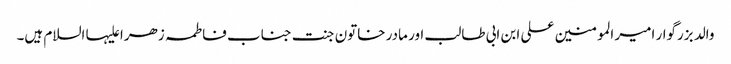
والد بزرگوار امیر المومنین علی ابن ابی طالب اور مادر خاتون جنت جناب فاطمہ زھرا علیہا السلام ہیں۔